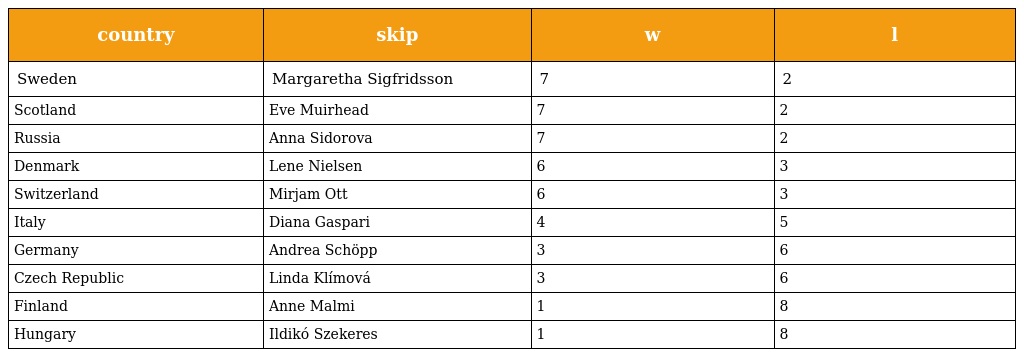
| country | skip | w | l |
 | --- | --- | --- | --- |
 | Sweden | Margaretha Sigfridsson | 7 | 2 |
 | Scotland | Eve Muirhead | 7 | 2 |
 | Russia | Anna Sidorova | 7 | 2 |
 | Denmark | Lene Nielsen | 6 | 3 |
 | Switzerland | Mirjam Ott | 6 | 3 |
 | Italy | Diana Gaspari | 4 | 5 |
 | Germany | Andrea Schöpp | 3 | 6 |
 | Czech Republic | Linda Klímová | 3 | 6 |
 | Finland | Anne Malmi | 1 | 8 |
 | Hungary | Ildikó Szekeres | 1 | 8 |